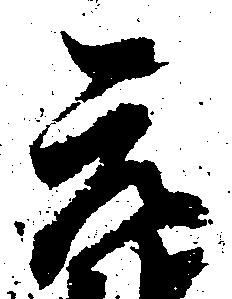
元